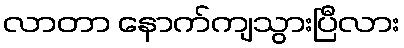
လာတာ နောက်ကျသွားပြီလား